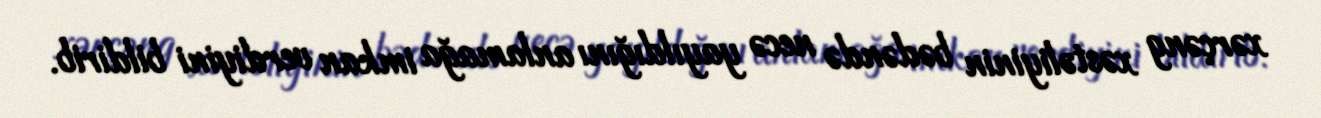
xərçəng xəstəliyinin bədəndə necə yayıldığını anlamağa imkan verdiyini bildirib.